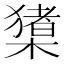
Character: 橥